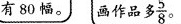
有80幅。画作品多\frac{5}{8}。